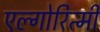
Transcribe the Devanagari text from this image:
एल्गोरित्मी